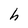
Character: h